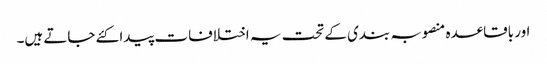
اور باقاعدہ منصوبہ بندی کے تحت یہ اختلافات پیدا کئے جاتے ہیں۔